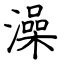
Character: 澡